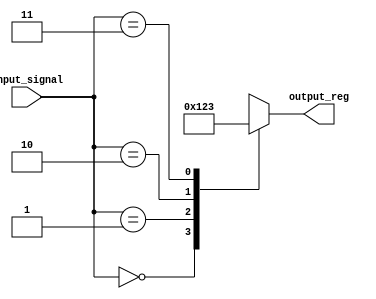
module simple_case_block(
    input  [1:0] input_signal,
    output reg [3:0] output_reg
);

always @(*)
begin
    case(input_signal)
        2'b00: output_reg = 4'b0000; // if input_signal is 00, set output_reg to 0000
        2'b01: output_reg = 4'b0001; // if input_signal is 01, set output_reg to 0001
        2'b10: output_reg = 4'b0010; // if input_signal is 10, set output_reg to 0010
        2'b11: output_reg = 4'b0011; // if input_signal is 11, set output_reg to 0011
        default: output_reg = 4'b1111; // default case, set output_reg to 1111
    endcase
end

endmodule